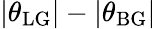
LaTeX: |\theta_{\mathrm{LG}}|-|\theta_{\mathrm{BG}}|